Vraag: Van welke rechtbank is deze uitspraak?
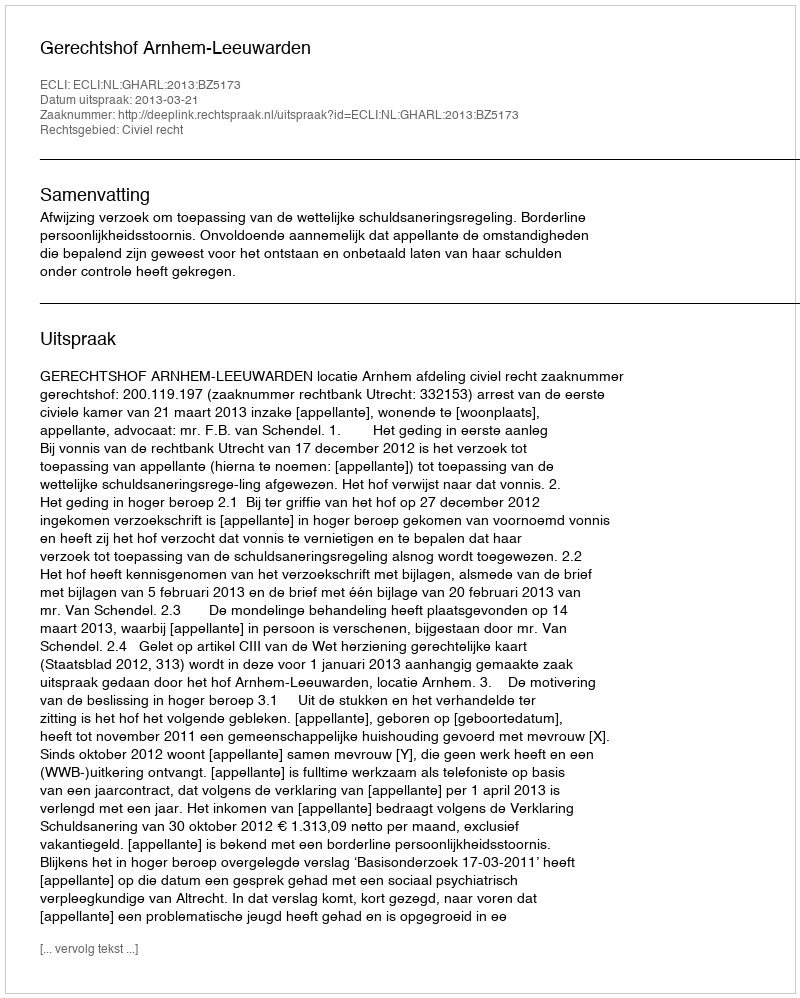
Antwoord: Gerechtshof Arnhem-Leeuwarden